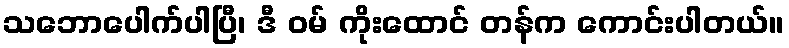
သဘောပေါက်ပါပြီ၊ ဒီ ဝမ် ကိုးထောင် တန်က ကောင်းပါတယ်။